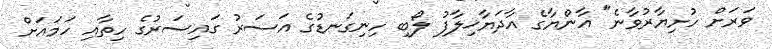
ވަރަށް ހުށިޔާރުވާނެ" އާންޔާގެ އާދަޔާޚިލާފު ލޯބި ހިނިގަނޑުގެ އަސަރު ގައިސަރުގެ ހިތާއި ހަމައަށް